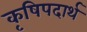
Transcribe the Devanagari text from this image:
कृषिपदार्थ